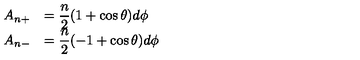
\begin{array} { c l } { A _ { n + } } & { = { \displaystyle \frac { n } { 2 } } ( 1 + \cos \theta ) d \phi } \\ { A _ { n - } } & { = { \displaystyle \frac { n } { 2 } } ( - 1 + \cos \theta ) d \phi } \\ \end{array}